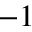
^ { - 1 }